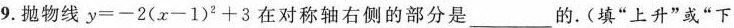
9.抛物线$$y=-2(x-1)^{2}+3$$在对称轴右侧的部分是___的.(填”上升”或”下